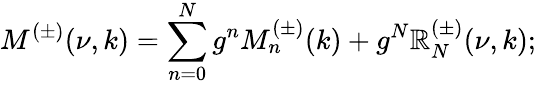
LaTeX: M^{(\pm)}(\nu,k)=\sum_{n=0}^{N}g^{n}M_{n}^{(\pm)}(k)+g^{N}\mathbb{R}_{N}^{(\pm)}(\nu,k);